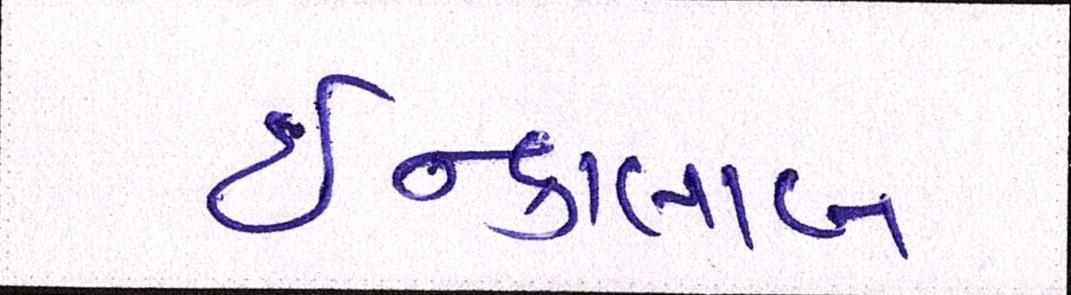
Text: ઇન્કાલાબ